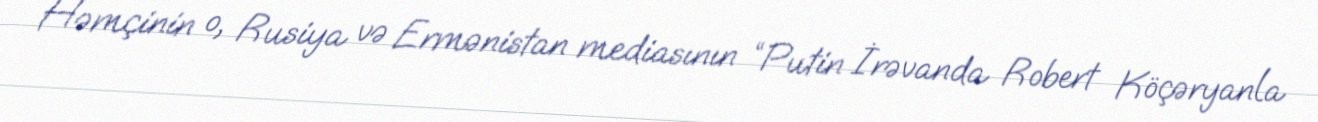
Həmçinin o, Rusiya və Ermənistan mediasının “Putin İrəvanda Robert Köçəryanla